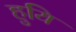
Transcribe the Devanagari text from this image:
हुयि